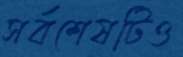
সর্বশেষটিও